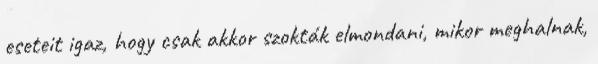
eseteit igaz, hogy csak akkor szokták elmondani, mikor meghalnak,